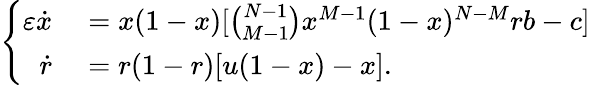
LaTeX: \left\{ \begin{array}{rl}{\varepsilon\dot{x}}&{{}=x(1-x)[\binom{N-1}{M-1}x^{M-1}(1-x)^{N-M}rb-c]}\\ {\dot{r}}&{{}=r(1-r)[u(1-x)-x].}\end{array}\right.